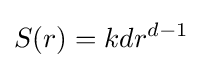
S(r)=kdr^{d-1}